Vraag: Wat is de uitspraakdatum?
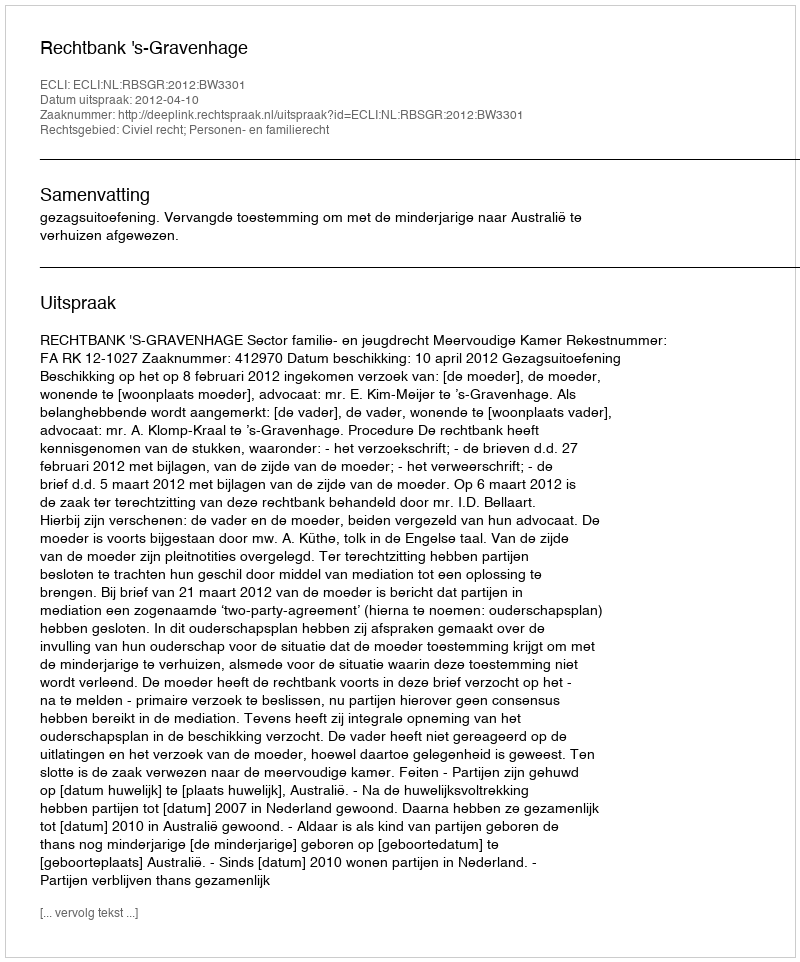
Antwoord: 2012-04-10